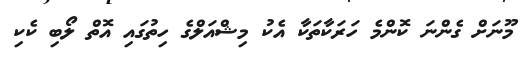
މޫނަށް ގެންނަ ކޮންމެ ހަރަކާތަކާ އެކު މިޝްއަލްގެ ހިތުގައި އޮތް ލޯބި ކެކި